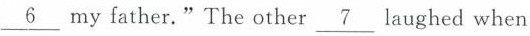
\underline{6} my father."The other \underline{7} laughed when